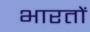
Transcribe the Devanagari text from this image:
भारतों